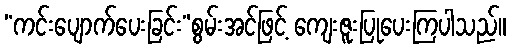
“ကင်းပျောက်ပေးခြင်း”စွမ်းအင်ဖြင့် ကျေးဇူးပြုပေးကြပါသည်။